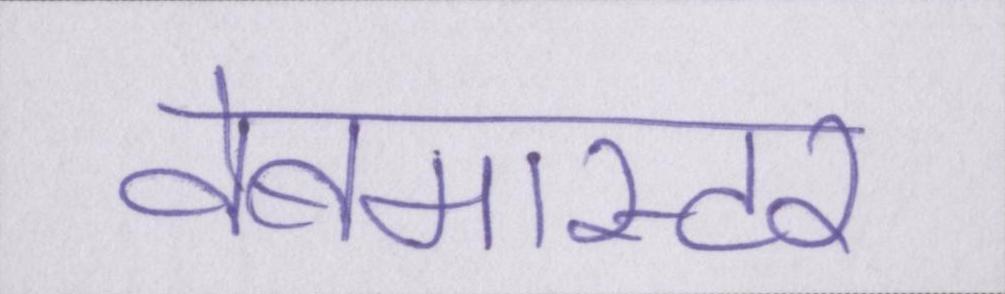
वेबमास्टर